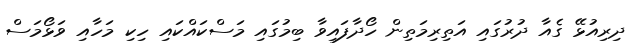
ދިރިއުޅޭ ގެއާ ދުރުގައި އަތިރިމަތިން ހޯދާފައިވާ ބިމުގައި މަސްކައްކައި ހިކި މަހާއި ވަޅޯމަސް